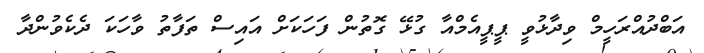
އަބްދުއްރަހީމް ވިދާޅުވީ ޕީޕީއެމްއާ ގުޅޭ ގޮތުން ފަހަކަށް އައިސް ތަފާތު ވާހަކަ ދެކެވުންދާ